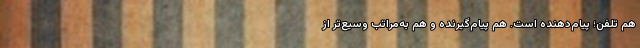
هم تلفن؛ پیام‌دهنده است. هم پیام‌گیرنده و هم به‌مراتب وسیع‌تر از